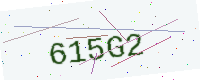
Text: 615G2